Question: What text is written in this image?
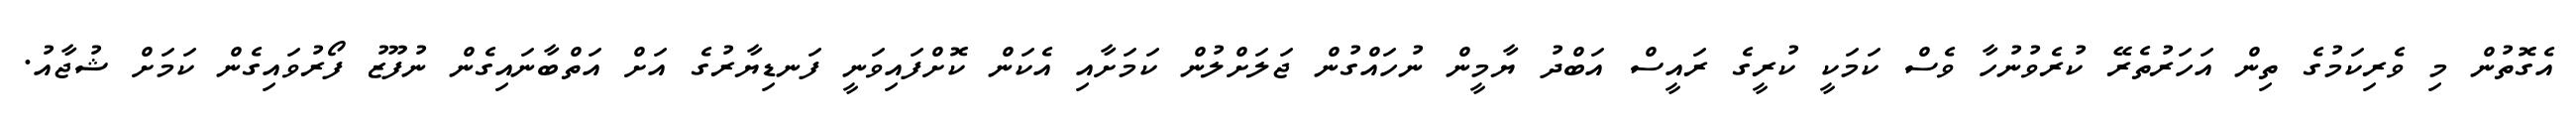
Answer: އެގޮތުން މި ވެރިކަމުގެ ތިން އަހަރުތެރޭ ކުރެވުނުހާ ވެސް ކަމަކީ ކުރީގެ ރައީސް އަބްދު ޔާމީން ނުހައްގުން ޖަލަށްލުން ކަމަށާއި އެކަން ކޮށްފައިވަނީ ފަނޑިޔާރުގެ އަށް އަތްބާނައިގެން ނުފޫޒު ފޯރުވައިގެން ކަމަށް ޝުޖާއު.